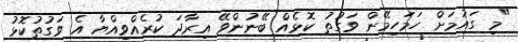
"މި ގައުމަށް ހަމަހިމޭން ވަގުތު ކޮޅެއް ބޭނުންވޭ އިރާދަ ކުރެއްވިއްޔާ އެ ވަގުތުކޮޅު